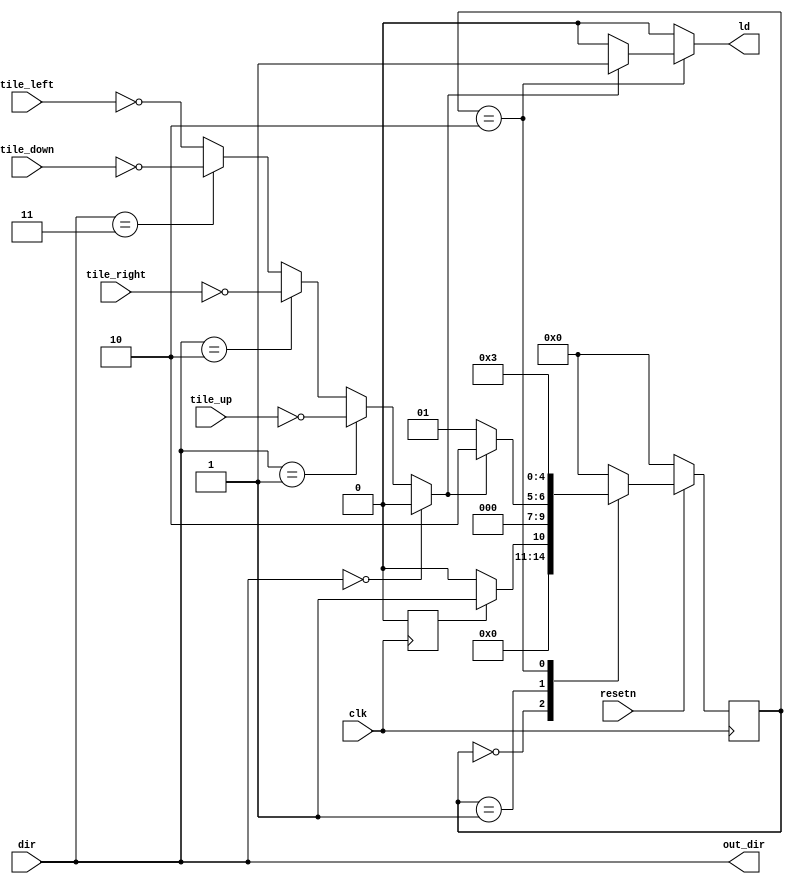
module pcontrol(
		input [2:0] dir, tile_up, tile_right, tile_down, tile_left,
		input resetn, clk,
		output reg ld,
		output [2:0] out_dir);

	reg[4:0] current_state, next_state;
	//Tile identifiers
	localparam 	tile 	= 3'b000,
			player 	= 3'b001,
			wall 	= 3'b010,
			block 	= 3'b011;
	//Directions
	localparam	idle	= 3'b000,
			up 	= 3'b001,
			right 	= 3'b010,
			down 	= 3'b011,
			left	= 3'b100;


	//States
	localparam	p_load 	= 5'd0,
					p_idle 	= 5'd1,
               p_move	= 5'd2,
					p_write 	= 5'd3;


	// Direction checking modules for valid path
	reg valid;
	always@(*) begin
		valid <= 1'b0;
		if (dir == idle)
			valid <= 1'b0;
		else if (dir == up)
			valid <= tile_up == tile;
		else if (dir == right)
			valid <= tile_right ==tile;
		else if (dir == down)
			valid <= tile_down == tile;
		else
			valid <= tile_left == tile;
	end

	reg go;
	reg [4:0] q;
	always@(posedge clk)
	begin
		if(!resetn) begin
			q <= 1'b0;
			go <= 1'b0;
		end
		else if (q == 5'b11111) begin
			q <= 1'b0;
			go <= 1'b1;
		end
		else
			q <= q+1'b1;
			go <= 1'b0;
	end
	// next state table, only handles what states it will go to
	always@(*) begin
           case (current_state)
			p_load: begin
				next_state <= go ? p_idle: p_load;
			end
			p_idle: begin
				if(valid)
					next_state <= p_move;
				else
					next_state <= p_idle;							end
			p_move: begin
				next_state <= p_write;
			end
			default:	next_state <= p_load;
		endcase
	end
///////////////////TRYING TO WRITE AS IT READS//////////////////
    // Set datapath control signals and assign values
    always @(*)
    begin: enable_signals
        // By default make all our signals 

		ld <= 1'b0;

		case (current_state)
			// For movement states, change coordinates here
			p_move: begin
				if(valid) begin
				   ld <= 1'b1;
				end
			end
			// default: // don't need default since we already made sure all of our outputs were assigned a value at the start of the always block
		endcase
	end // enable_signals
	assign out_dir = dir;

	// change states
	always@(posedge clk)
    	begin: state_FFS
        	if(!resetn) begin
            current_state <= p_load;
			end
        	else
            current_state <= next_state;
    	end // state_FFS

endmodule